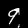
Digit: 9